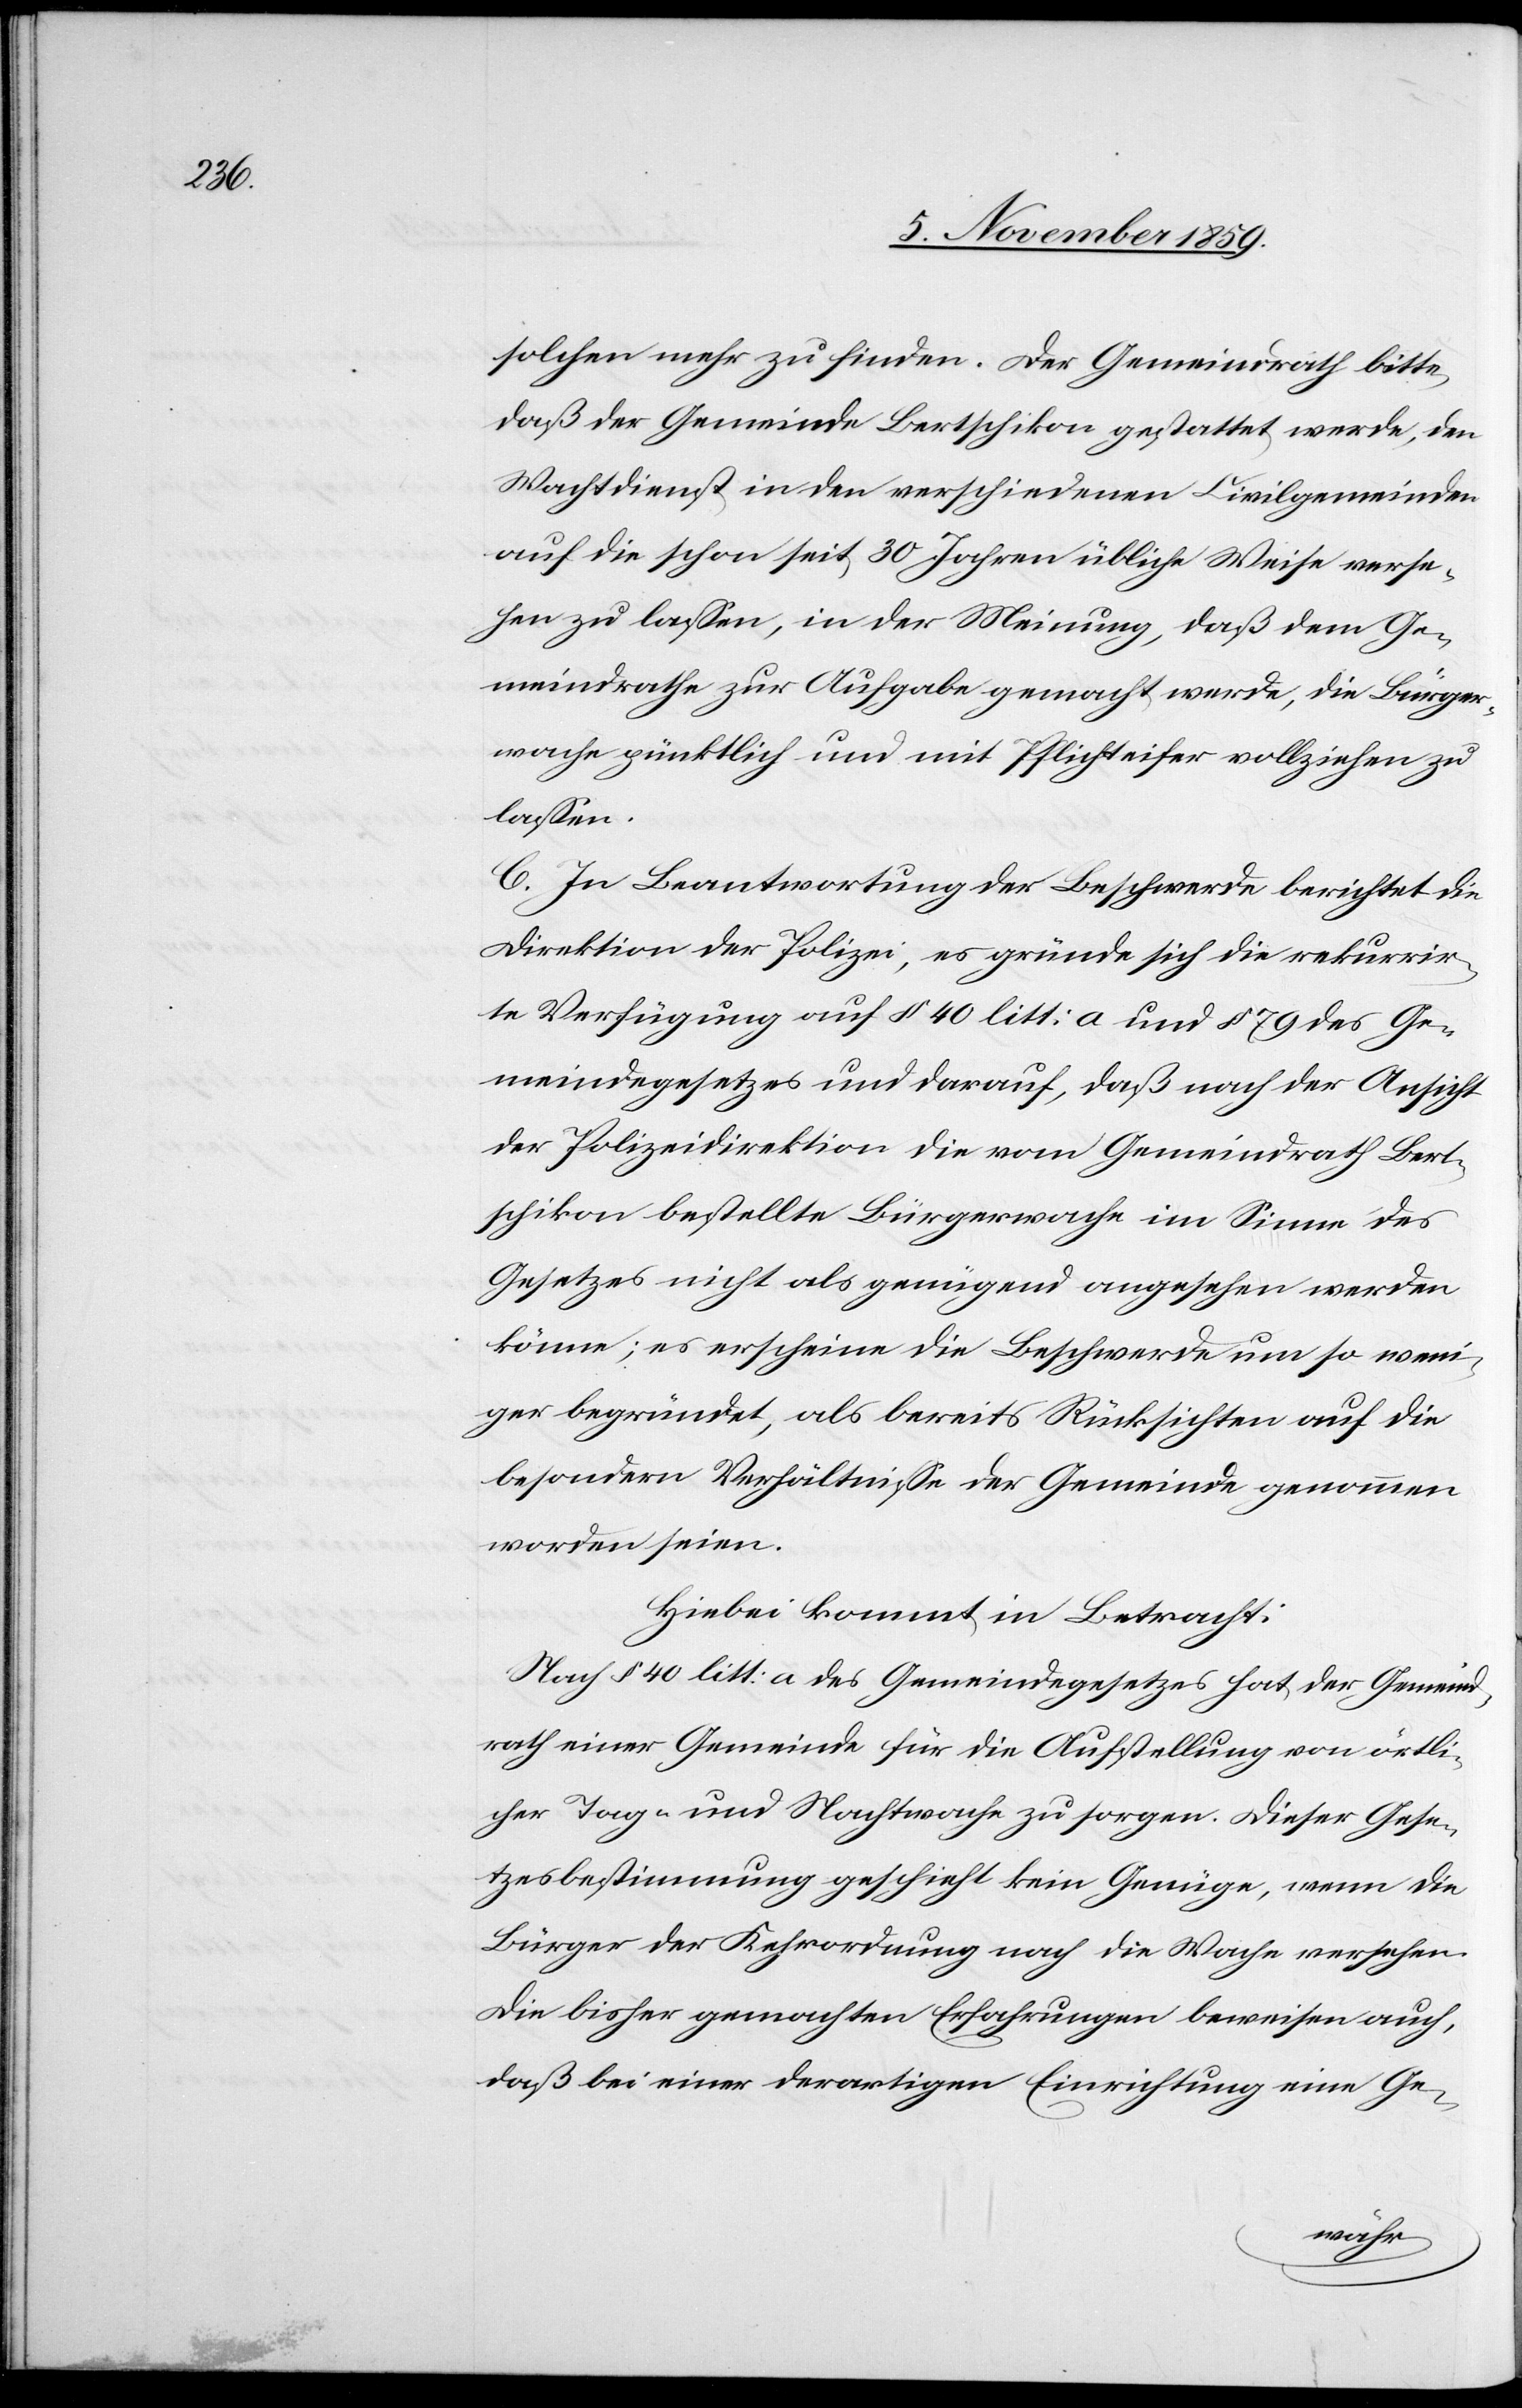
solchen mehr zu finden. Der Gemeindrath bitte,
daß der Gemeinde Bertschikon gestattet werde, den
Wachdienst in den verschiedenen Civilgemeinden
auf die schon seit 30 Jahren übliche Weise verse¬
hen zu lassen, in der Meinung, daß dem Ge¬
meindrathe zur Aufgabe gemacht werde, die Bürger¬
wache gütlich und mit Pflichteifer vollziehen zu
lassen.
C. In Beantwortung der Beschwerde berichtet die
Direktion der Polizei, es gründe sich die rekurrir¬
te Verfügung auf § 40 litt: a und § 79 des Ge¬
meindegesetzes und darauf, daß nach der Ansicht
der Polizeidirektion die vom Gemeindrath Bert¬
schikon bestellte Bürgerwache im Sinne des
Gesetzes nicht als genügend angesehen werden
könne; es erscheine die Beschwerde um so weni¬
ger begründet, als bereits Rücksichten auf die
besonderen Verhältnisse der Gemeinde genommen
worden sei.
Hiebei kommt in Betracht:
Nach § 40 litt: a des Gemeindegesetzes hat der Gemeind¬
rath einer Gemeinde für die Aufstellung von örtli¬
cher Tag- und Nachtwache zu sorgen. Dieser Gese¬
tzesbestimmung geschieht kein Genüge, wenn die
Bürger der Kehrordnung nach die Wache versehen.
Die bisher gemachten Erfahrungen beweisen auch,
daß bei einer derartigen Einrichtung eine Ge-